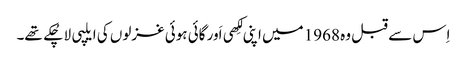
اِس سے قبل وہ 1968 میں اپنی لِکھی اَور گائی ہوئی غزلوں کی ایلپی لا چُکے تھے۔